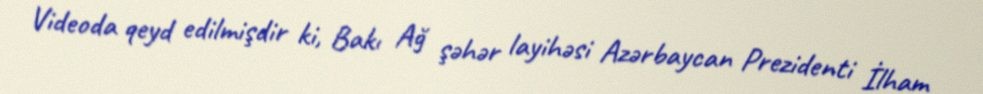
Videoda qeyd edilmişdir ki, Bakı Ağ şəhər layihəsi Azərbaycan Prezidenti İlham